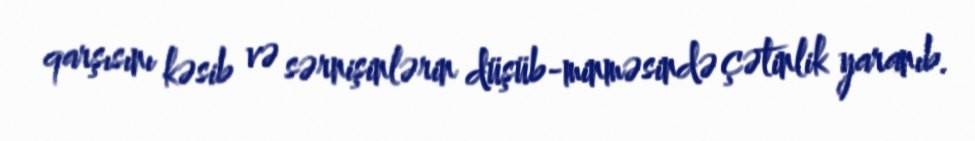
qarşısını kəsib və sərnişinlərin düşüb-minməsində çətinlik yaranıb.